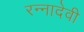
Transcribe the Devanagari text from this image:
रन्‍नादेवी